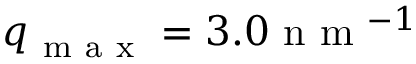
q _ { \mathrm { ~ m ~ a ~ x ~ } } = 3 . 0 \mathrm { ~ n ~ m ~ } ^ { - 1 }